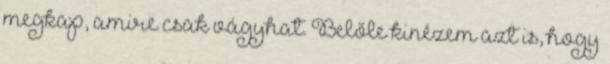
megkap, amire csak vágyhat. Belőle kinézem azt is, hogy